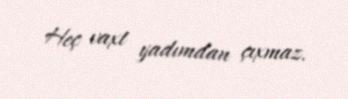
Heç vaxt yadımdan çıxmaz.